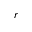
r